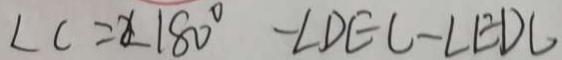
\angle C = \angle 1 8 0 ^ { \circ } - \angle D E C - \angle E D C